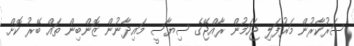
ސަރުކާރުން މަރުފަލި ޖަހަމުން ރާއްޖޭގެ ސިޔާސީ މައިދާނުން ޒޮންބިން ތައް ބޭރު ކޮށް